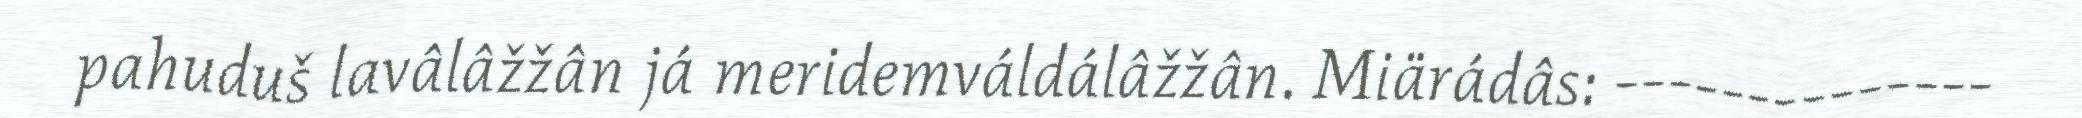
pahuduš lavâlâžžân já meridemváldálâžžân. Miärádâs: --------------